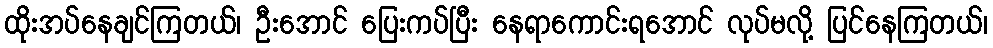
ထိုးအပ်နေချင်ကြတယ်၊ ဦးအောင် ပြေးကပ်ပြီး နေရာကောင်းရအောင် လုပ်မလို့ ပြင်နေကြတယ်၊